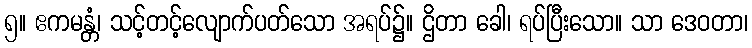
၅။ ဧကမန္တံ၊ သင့်တင့်လျောက်ပတ်သော အရပ်၌။ ဌိတာ ခေါ၊ ရပ်ပြီးသော။ သာ ဒေဝတာ၊